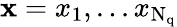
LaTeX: \mathbf x=x_{1},...x_{\mathrm{N_{q}}}